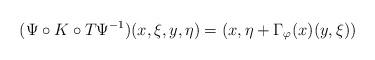
LaTeX: \begin{align*}(\Psi\circ K\circ T\Psi^{-1})(x,\xi,y,\eta)=(x,\eta+\Gamma_\varphi(x)(y,\xi))\end{align*}